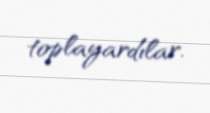
toplayardılar.